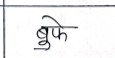
मजकूर: बुफे